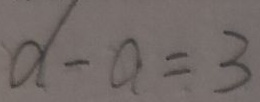
d - a = 3